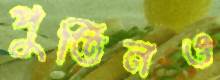
পুতিনও